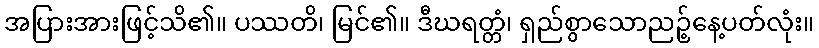
အပြားအားဖြင့်သိ၏။ ပဿတိ၊ မြင်၏။ ဒီဃရတ္တံ၊ ရှည်စွာသောညဉ့်နေ့ပတ်လုံး။